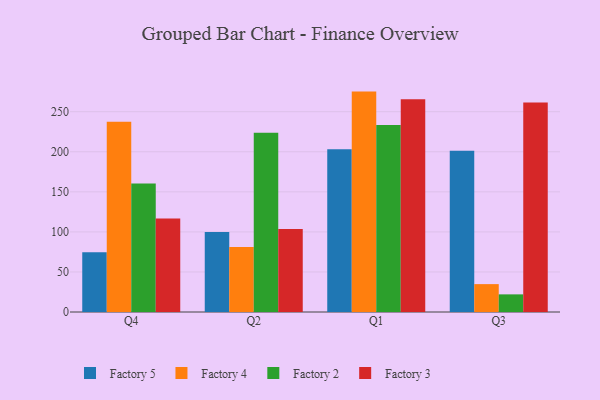
{"axis": {"x": "Quarter", "y": "Headcount"}, "legend": ["Factory 2", "Factory 3", "Factory 4", "Factory 5"], "data": [{"x": "Q4", "y": 74.7, "type": "Factory 5"}, {"x": "Q4", "y": 237.4, "type": "Factory 4"}, {"x": "Q4", "y": 160.5, "type": "Factory 2"}, {"x": "Q4", "y": 116.6, "type": "Factory 3"}, {"x": "Q2", "y": 99.7, "type": "Factory 5"}, {"x": "Q2", "y": 81.1, "type": "Factory 4"}, {"x": "Q2", "y": 223.6, "type": "Factory 2"}, {"x": "Q2", "y": 103.7, "type": "Factory 3"}, {"x": "Q1", "y": 203.0, "type": "Factory 5"}, {"x": "Q1", "y": 275.1, "type": "Factory 4"}, {"x": "Q1", "y": 233.5, "type": "Factory 2"}, {"x": "Q1", "y": 265.5, "type": "Factory 3"}, {"x": "Q3", "y": 201.2, "type": "Factory 5"}, {"x": "Q3", "y": 34.8, "type": "Factory 4"}, {"x": "Q3", "y": 22.0, "type": "Factory 2"}, {"x": "Q3", "y": 261.6, "type": "Factory 3"}]}